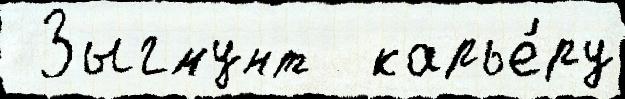
 Зыгмунт  карье́ру